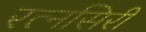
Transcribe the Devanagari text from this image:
रत्नसिरी